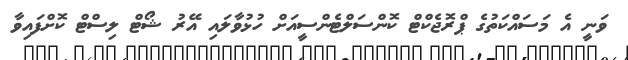
ވަނީ އެ މަސައްކަތުގެ ޕްރޮޖެކްޓް ކޮންސަލްޓެންސީއަށް ހުޅުވާލައި އޭރު ޝޯޓް ލިސްޓް ކޮށްފައިވާ